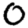
Digit: 0